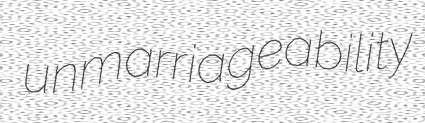
unmarriageability